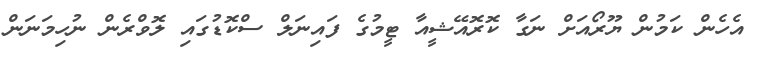
އެހެން ކަމުން ޔޫރޯއަށް ނަގާ ކޮރޮއޭޝީއާ ޓީމުގެ ފައިނަލް ސްކޮޑުގައި ލޮވްރެން ނުހިމަނަން